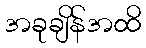
အခုချိန်အထိ